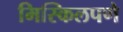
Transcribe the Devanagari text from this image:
मिस्किलपणे